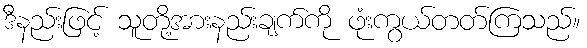
ဒီနည်းဖြင့် သူတို့အားနည်းချက်ကို ဖုံးကွယ်တတ်ကြသည်။